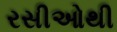
રસીઓથી